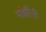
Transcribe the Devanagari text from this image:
मांझींनी